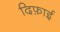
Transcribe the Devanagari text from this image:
दिफ़ाई